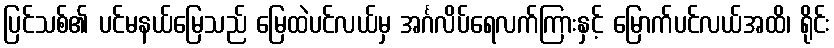
ပြင်သစ်၏ ပင်မနယ်မြေသည် မြေထဲပင်လယ်မှ အင်္ဂလိပ်ရေလက်ကြားနှင့် မြောက်ပင်လယ်အထိ၊ ရိုင်း